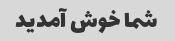
شما خوش آمدید